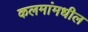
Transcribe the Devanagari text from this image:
कलमांमधील